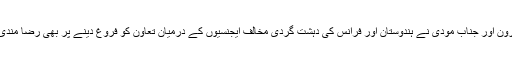
جناب میکرون اور جناب مودی نے ہندوستان اور فرانس کی دہشت گردی مخالف ایجنسیوں کے درمیان تعاون کو فروغ دینے پر بھی رضا مندی ظاہر کی۔